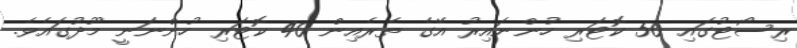
ރިސޯޓުގައި 50 ކޮޓަރި ހުންނައިރު އޭގެ ތެރެއިން 40 ކޮޓަރި ހުންނަނީ މޫދުގައެވެ.